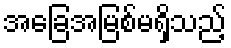
အခြေအမြစ်မရှိသည့်